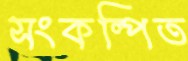
সংকল্পিত